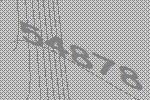
54878